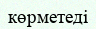
көрметеді